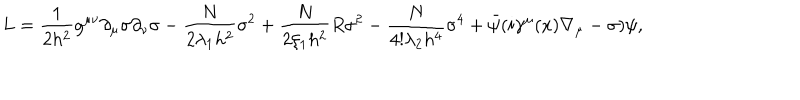
L = \frac { 1 } { 2 h ^ { 2 } } g ^ { \mu \nu } \partial _ { \mu } \sigma \partial _ { \nu } \sigma - \frac { N } { 2 \lambda _ { 1 } h ^ { 2 } } \sigma ^ { 2 } + \frac { N } { 2 \xi _ { 1 } h ^ { 2 } } R \sigma ^ { 2 } - \frac { N } { 4 ! \lambda _ { 2 } h ^ { 4 } } \sigma ^ { 4 } + \bar { \psi } ( i \gamma ^ { \mu } ( x ) \nabla _ { \mu } - \sigma ) \psi ,